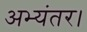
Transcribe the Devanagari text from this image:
अभ्यंतर।